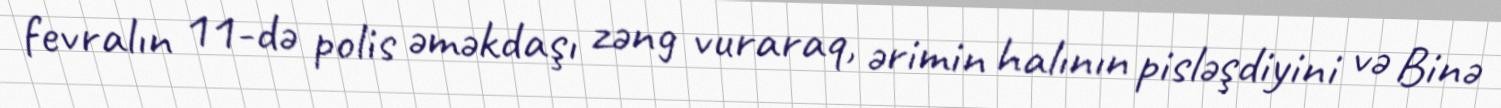
fevralın 11-də polis əməkdaşı zəng vuraraq, ərimin halının pisləşdiyini və Binə